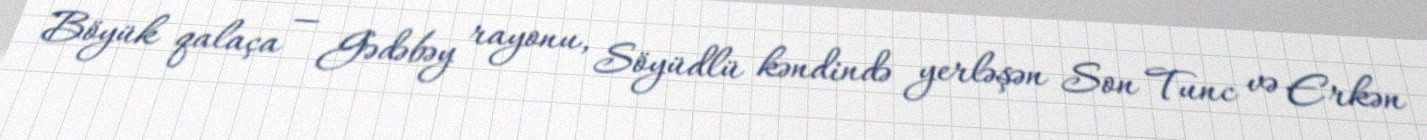
Böyük qalaça — Gədəbəy rayonu, Söyüdlü kəndində yerləşən Son Tunc və Erkən